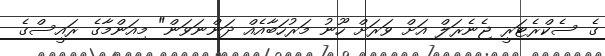
ގެ ސެކްރެޓަރީ ޖެނެރަލް އަށް ވަރަށް ހޫނު މަރުހަބާއެއް ދަންނަވަން" މިއަންމާގެ ރައީސްގެ